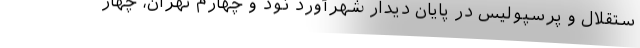
ستقلال و پرسپولیس در پایان دیدار شهرآورد نود و چهارم تهران، چهار